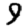
Digit: 9